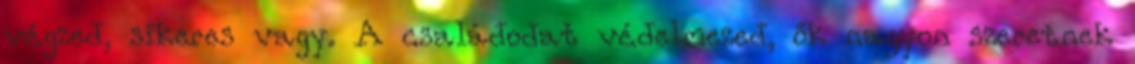
végzed, sikeres vagy. A családodat védelmezed, ők nagyon szeretnek